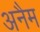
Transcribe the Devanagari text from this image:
अनैम